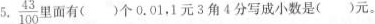
5. $$\frac{43}{100}$$ 面有()个0.01，1元3角4分写成小数是()元。